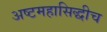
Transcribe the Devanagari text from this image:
अष्टमहासिद्धीच